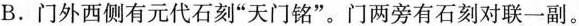
B.门外西侧有元代石刻”天门铭”。门两旁有石刻对联一副。